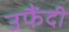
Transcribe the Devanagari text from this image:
उफैंदी